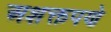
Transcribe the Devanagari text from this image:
अशक्तपणे